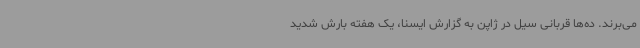
می‌برند. ده‌ها قربانی سیل در ژاپن به گزارش ایسنا، یک هفته بارش شدید